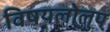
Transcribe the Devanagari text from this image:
विषयलोलुप